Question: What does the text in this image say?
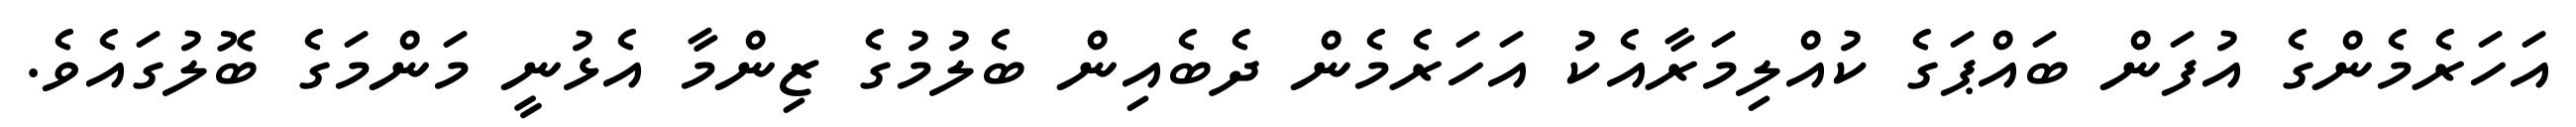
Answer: އަހަރެމެންގެ އުފަން ބައްޕަގެ ކުއްލިމަރާއެކު އަހަރެމެން ދެބެއިން ބެލުމުގެ ޒިންމާ އެޅުނީ މަންމަގެ ބޮލުގައެވެ.